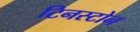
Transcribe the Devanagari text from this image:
टिनस्टोन